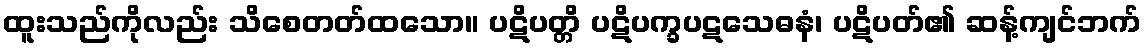
ထူးသည်ကိုလည်း သိစေတတ်ထသော။ ပဋိပတ္တိ ပဋိပက္ခပဋသေဓနံ၊ ပဋိပတ်၏ ဆန့်ကျင်ဘက်